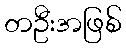
တဦးအဖြစ်